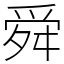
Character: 舜